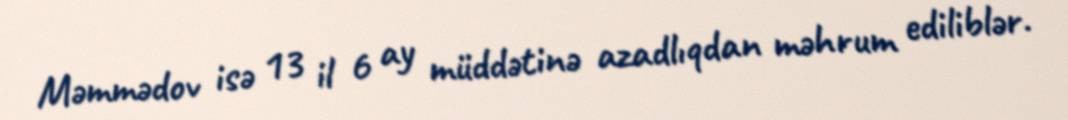
Məmmədov isə 13 il 6 ay müddətinə azadlıqdan məhrum ediliblər.